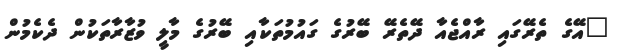
"އޭގެ ތެރޭގައި ރާއްޖެއާ ދޭތެރޭ ބޭރުގެ ގައުމުތަކާއި ބޭރުގެ މާލީ ވުޒާރާތަކުން ދެކެމުން